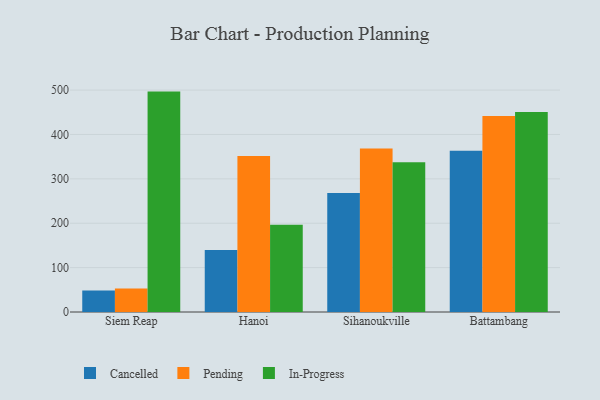
{"axis": {"x": "City", "y": "Energy Usage (MWh)"}, "legend": ["Cancelled", "In-Progress", "Pending"], "data": [{"x": "Siem Reap", "y": 48.5, "type": "Cancelled"}, {"x": "Siem Reap", "y": 53.2, "type": "Pending"}, {"x": "Siem Reap", "y": 496.6, "type": "In-Progress"}, {"x": "Hanoi", "y": 139.8, "type": "Cancelled"}, {"x": "Hanoi", "y": 351.6, "type": "Pending"}, {"x": "Hanoi", "y": 196.8, "type": "In-Progress"}, {"x": "Sihanoukville", "y": 267.9, "type": "Cancelled"}, {"x": "Sihanoukville", "y": 368.5, "type": "Pending"}, {"x": "Sihanoukville", "y": 337.5, "type": "In-Progress"}, {"x": "Battambang", "y": 363.6, "type": "Cancelled"}, {"x": "Battambang", "y": 441.8, "type": "Pending"}, {"x": "Battambang", "y": 450.4, "type": "In-Progress"}]}